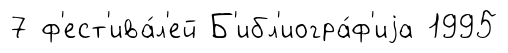
7 ф'ест'ива́л'ей Б'ибл'иогра́ф'иjа 1995